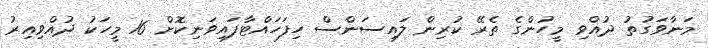
މަނާވަގުތު ދުއްވި މީހުންގެ ތެރޭ ކުރިން ލައިސަންސް ހިފަހައްޓާފައިވަނިކޮށް 16 މީހަކު ދުއްވިއިރު